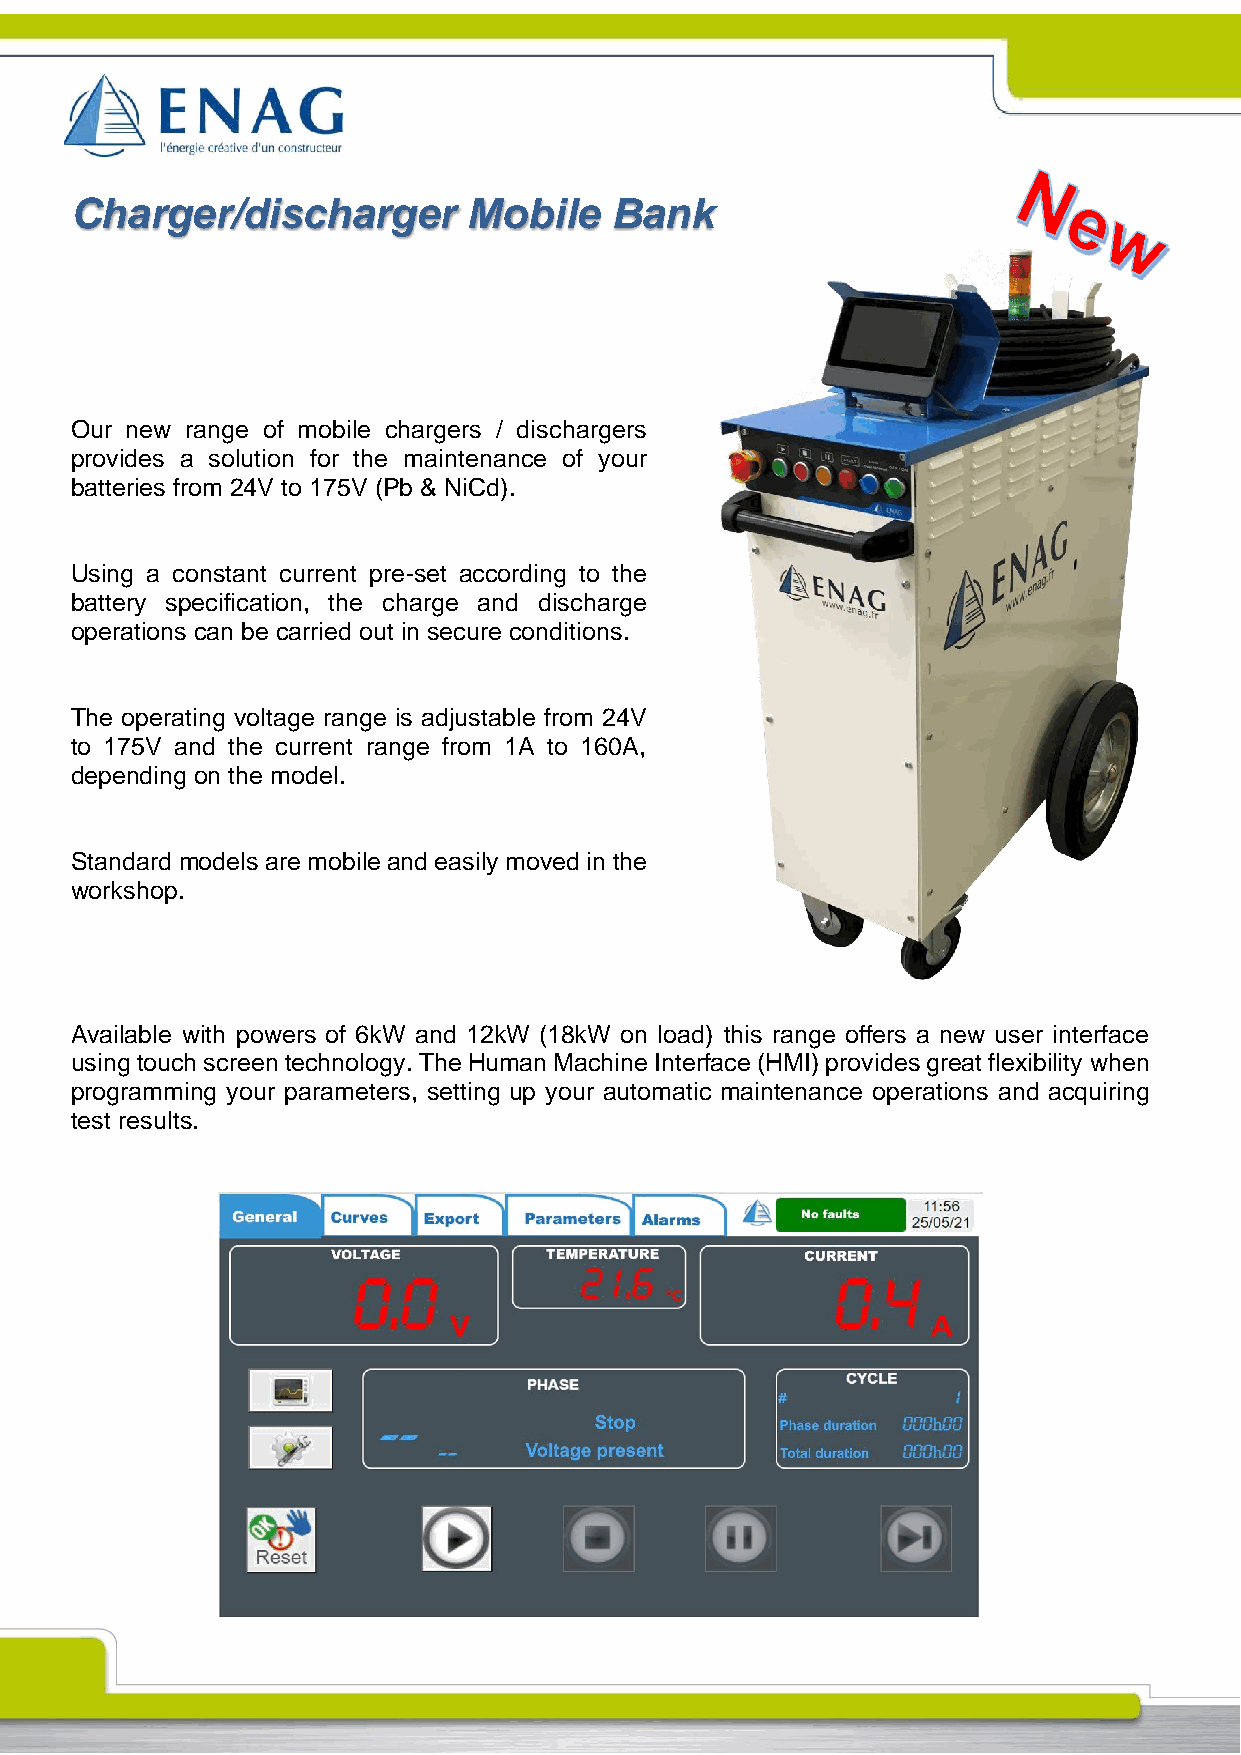
Charger/discharger        Mobile   Bank
 Our new range of mobile chargers / dischargers
 provides a solution for the maintenance of your
 batteries from 24V to 175V (Pb & NiCd).
 Using a constant current pre-set according to the
 battery specification, the charge and discharge
 operations can be carried out in secure conditions.
 The operating voltage range is adjustable from 24V
 to 175V and the current range from 1A to 160A,
 depending on the model.
 Standard models are mobile and easily moved in the
 workshop.
 Available with powers of 6kW and 12kW (18kW on load) this range offers a new user interface
 using touch screen technology. The Human Machine Interface (HMI) provides great flexibility when
 programming your parameters, setting up your automatic maintenance operations and acquiring
 test results.